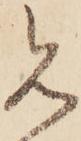
見